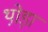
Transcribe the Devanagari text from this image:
थो़ड़ा